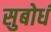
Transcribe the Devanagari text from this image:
सुबोधं